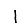
Digit: 1